Vaccination Hyderabad 1872-1889 - 1872-1889
Year: 1872
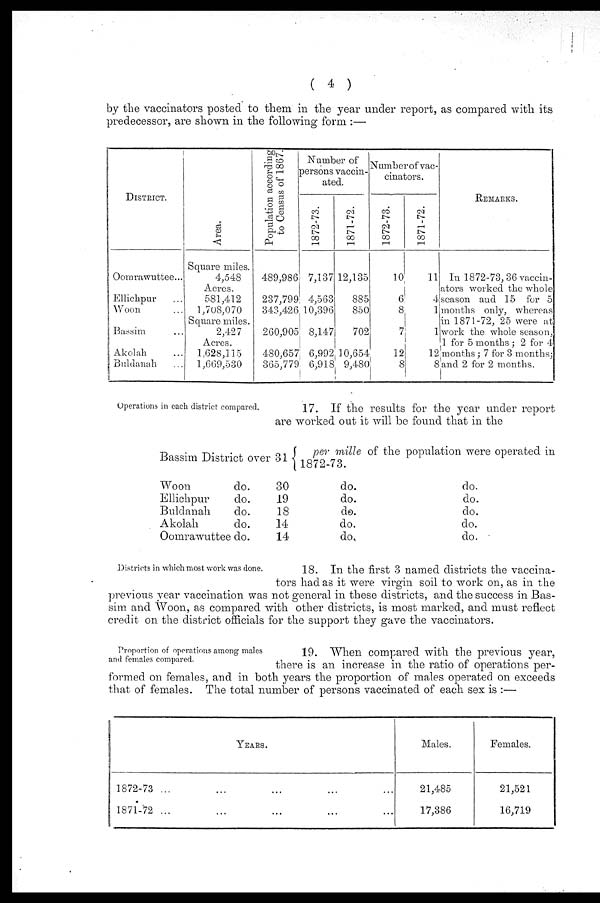
( 4 )
by the vaccinators posted to them in the year under report, as compared with its
predecessor, are shown in the following form :—
DISTRICT.
Oomrawuttee...
Ellichpur ...
Woon ...
Bassim ...
Akolah ...
Buldanah ...
Ar ea.
Square miles.
4,548
Acres.
581,412
1,708,070
Square miles.
2,427
Acres.
1,628,115
1,669,530
Population according
to Ce ns us of 1867.
489,986
237,799
343,426
260,905
480,657
365,779
Number of
persons vaccin-
ated.
1872-73.
7,137
4,563
10,396
8,147
6,992
6,918
1871-72.
12,135
885
850
702
10,654
9,480
Number of vac-
cinators.
1872-73.
10
6
8
7
12
8
1871-72.
11
4
1
1
12
8
REMARKS.
In 1872-73,36 vaccin-
ators worked the whole
season and 15 for 5
months only, whereas
in 1871-72, 25 were at
work the whole season,
1 for 5 months ; 2 for 4
months; 7 for 3 months;
and 2 for 2 months.
Operations in each district compared.
17. If the results for the year under report
are worked out it will be found that in the
Bassim District over
Woon
do.
Ellichpur
do.
Buldanah
do.
Akolah
do.
Oomrawuttee do.
31
30
19
18
14
14
per mille of the population were operated in
1872-73.
do.
do.
do.
do.
do.
do.
do.
do.
do.
do.
Districts in which most work was done.
18. In the first 3 named districts the vaccina-
tors had as it were virgin soil to work on, as in the
previous year vaccination was not general in these districts, and the success in Bas-
sim and Woon, as compared with other districts, is most marked, and must reflect
credit on the district officials for the support they gave the vaccinators.
Proportion of operations among males
and females compared.
19. When compared with the previous year,
there is an increase in the ratio of operations per-
formed on females, and in both years the proportion of males operated on exceeds
that of females. The total number of persons vaccinated of each sex is :—
YEARS.
1872-73 ...
1871-72 ...
Males.
21,485
17,386
Females.
21,521
16,719